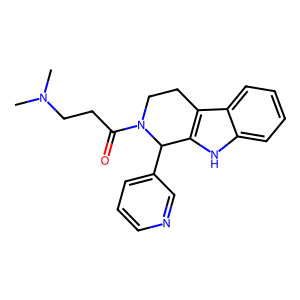
SMILES: CN(C)CCC(=O)N1CCc2c([nH]c3ccccc23)C1c1cccnc1
Inhibits HIV replication: No